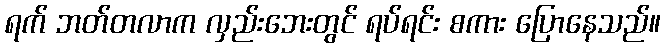
ရက် ဘတ်တလာက လှည်းဘေးတွင် ရပ်ရင်း စကား ပြောနေသည်။